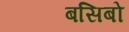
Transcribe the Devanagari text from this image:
बसिबो